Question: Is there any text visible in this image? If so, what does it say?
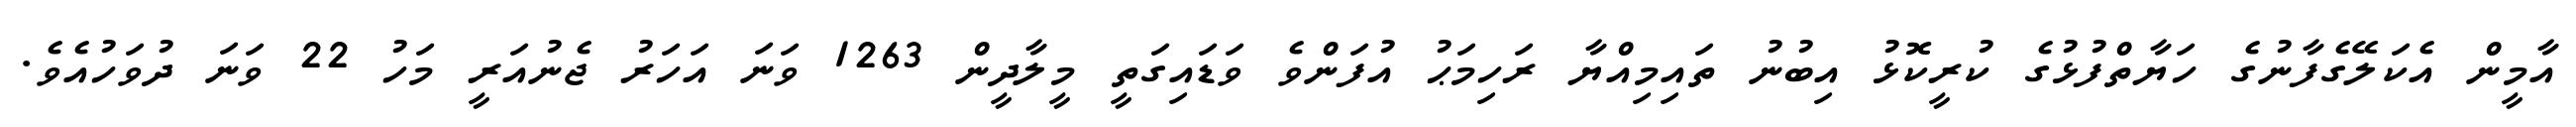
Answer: އާމީން އެކަލޭގެފާނުގެ ހަޔާތްފުޅުގެ ކުރީކޮޅު އިބުނު ތައިމިއްޔާ ރަހިމަޙު އުފަންވެ ވަޑައިގަތީ މީލާދީން 1263 ވަނަ އަހަރު ޖެނުއަރީ މަހު 22 ވަނަ ދުވަހުއެވެ.